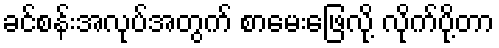
ခင်စန်းအလုပ်အတွက် စာမေးဖြေလို့ လိုက်ပို့တာ